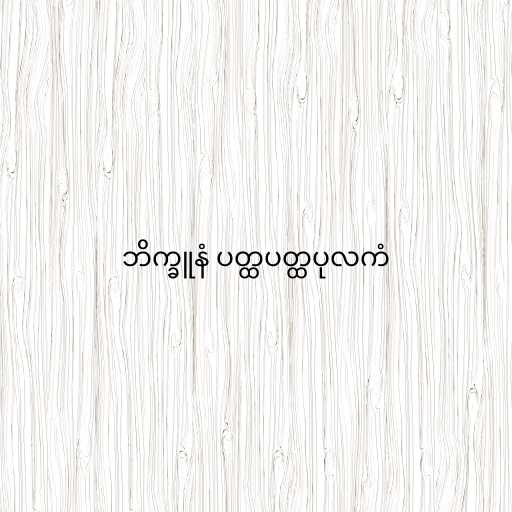
ဘိက္ခူနံ ပတ္ထပတ္ထပုလကံ